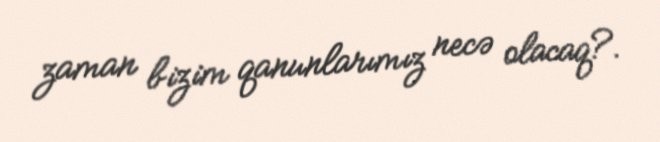
zaman bizim qanunlarımız necə olacaq?.